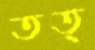
তত্